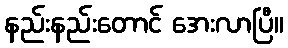
နည်းနည်းတောင် အေးလာပြီ။